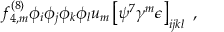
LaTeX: f _ { 4 , m } ^ { ( 8 ) } \phi _ { i } \phi _ { j } \phi _ { k } \phi _ { l } u _ { m } \left[ \psi ^ { 7 } \gamma ^ { m } \epsilon \right] _ { i j k l } \ ,